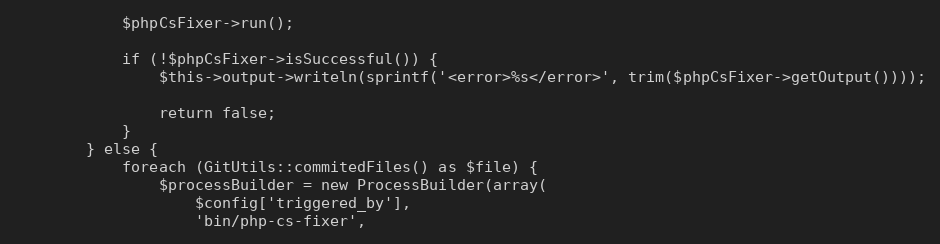
Language: PHP
            $phpCsFixer->run();

            if (!$phpCsFixer->isSuccessful()) {
                $this->output->writeln(sprintf('<error>%s</error>', trim($phpCsFixer->getOutput())));

                return false;
            }
        } else {
            foreach (GitUtils::commitedFiles() as $file) {
                $processBuilder = new ProcessBuilder(array(
                    $config['triggered_by'],
                    'bin/php-cs-fixer',